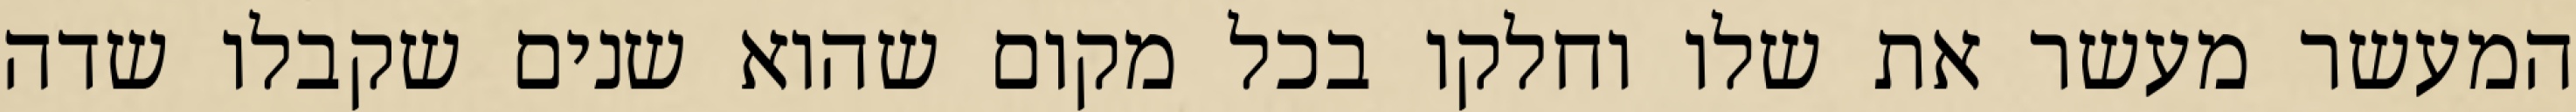
המעשר מעשר את שלו וחלקו בכל מקום שהוא שנים שקבלו שדה